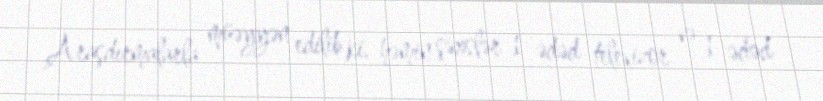
Araşdırmalarla müəyyən edilib ki, həmin şəxslər 1 ədəd televizor və 1 ədəd